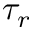
\tau _ { r }